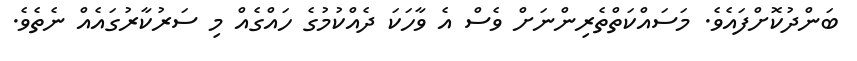
ބަންދުކޮށްފައެވެ. މަސައްކަތްތެރިންނަށް ވެސް އެ ވާހަކަ ދެއްކުމުގެ ހައްގެއް މި ސަރުކާރުގައެއް ނެތެވެ.